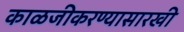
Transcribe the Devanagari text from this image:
काळजीकरण्यासारखी